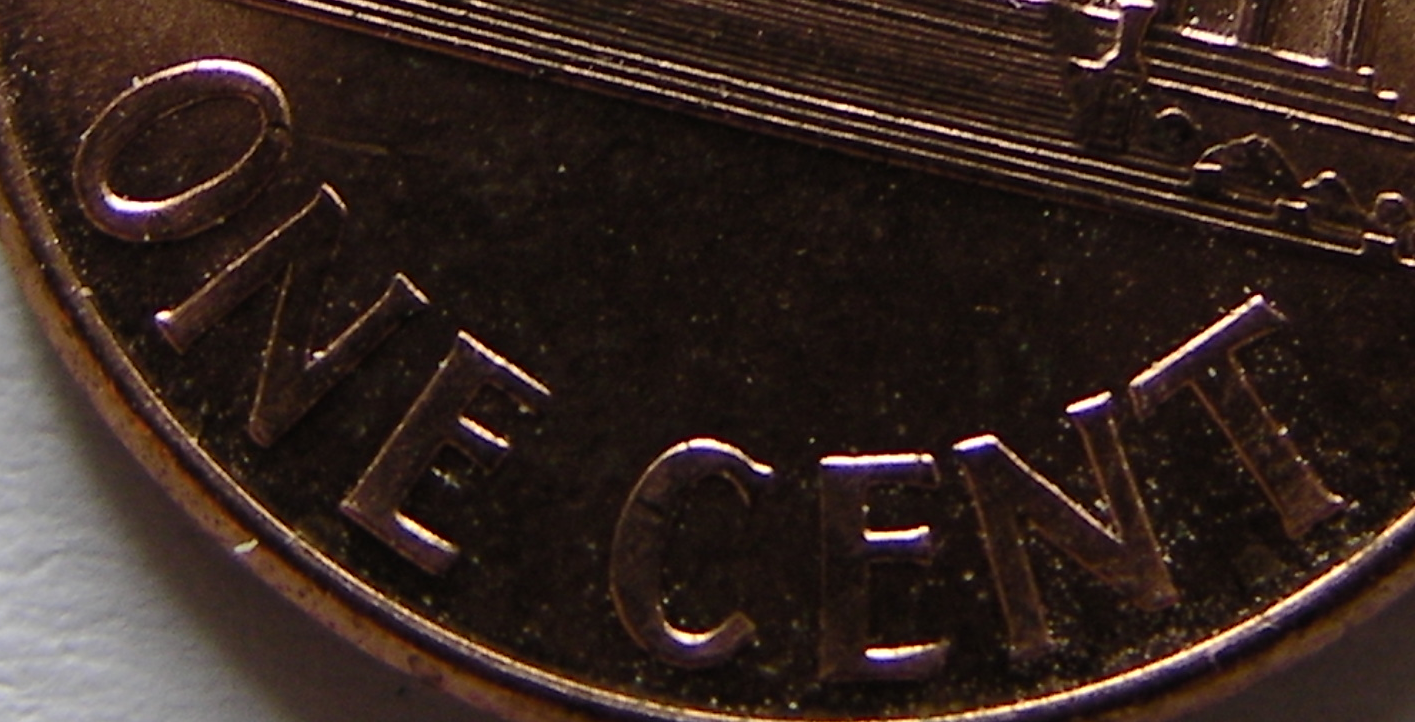
ONE CENT